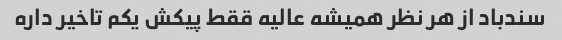
سندباد از هر نظر همیشه عالیه ققط پیکش یکم تاخیر داره